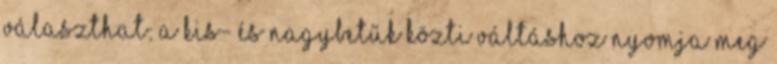
választhat: A kis- és nagybetűk közti váltáshoz nyomja meg